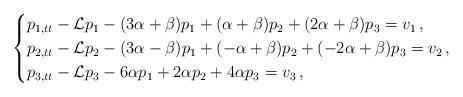
LaTeX: \begin{align*}\begin{cases}p_{1,tt} - \mathcal{L}p_1 - (3 \alpha + \beta)p_1 +(\alpha+\beta)p_2 + (2 \alpha+\beta)p_3= v_1\,, \\p_{2,tt} - \mathcal{L}p_2 - (3 \alpha -\beta)p_1 +(-\alpha+\beta)p_2 + (-2 \alpha +\beta)p_3= v_2\,, \\p_{3,tt} - \mathcal{L}p_3 - 6 \alpha p_1 +2\alpha p_2 + 4\alpha p_3= v_3\,, \end{cases}\end{align*}